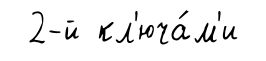
2-й кл'юча́м'и